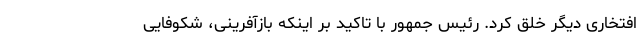
افتخاری دیگر خلق کرد. رئیس جمهور با تاکید بر اینکه بازآفرینی، شکوفایی